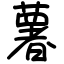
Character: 薯